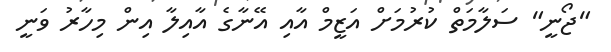
"ޖޯނީ" ސަލާމަތް ކުރުމަށް އަޒީމް އާއި އޭނާގެ އާއިލާ އިން މިހާރު ވަނީ